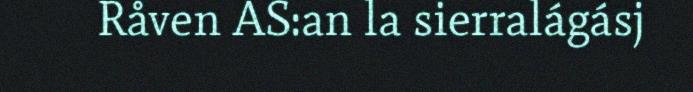
Råven AS:an la sierralágásj